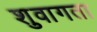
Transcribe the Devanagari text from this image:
शुवागता